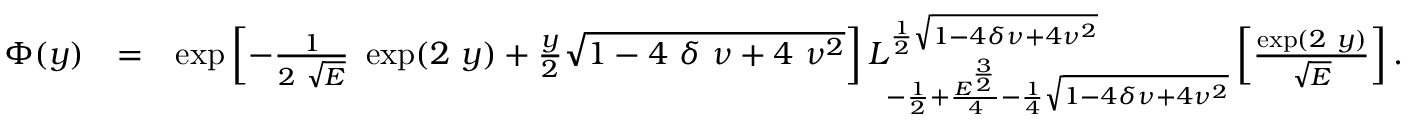
\begin{array} { r l r } { \Phi ( y ) } & { = } & { \exp \left[ - \frac { 1 } { 2 ~ \sqrt { E } } ~ \exp ( 2 ~ y ) + \frac { y } { 2 } \sqrt { 1 - 4 ~ \delta ~ \nu + 4 ~ \nu ^ { 2 } } \right] L _ { - \frac { 1 } { 2 } + \frac { E ^ { \frac { 3 } { 2 } } } { 4 } - \frac { 1 } { 4 } \sqrt { 1 - 4 \delta \nu + 4 \nu ^ { 2 } } } ^ { \frac { 1 } { 2 } \sqrt { 1 - 4 \delta \nu + 4 \nu ^ { 2 } } } \left[ \frac { \exp ( 2 ~ y ) } { \sqrt { E } } \right] . } \end{array}